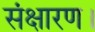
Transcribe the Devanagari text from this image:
संक्षारण।